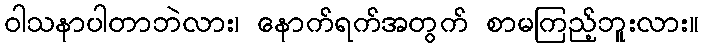
ဝါသနာပါတာဘဲလား၊ နောက်ရက်အတွက် စာမကြည့်ဘူးလား။